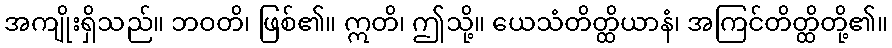
အကျိုးရှိသည်။ ဘဝတိ၊ ဖြစ်၏။ ဣတိ၊ ဤသို့။ ယေသံတိတ္ထိယာနံ၊ အကြင်တိတ္ထိတို့၏။